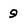
Character: 9